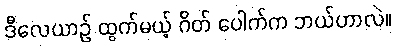
ဒီလေယာဉ် ထွက်မယ့် ဂိတ် ပေါက်က ဘယ်ဟာလဲ။